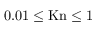
0 . 0 1 \le \mathrm { K n } \le 1